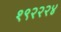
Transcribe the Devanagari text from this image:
१९२२२४